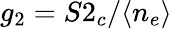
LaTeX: g_{2}=S2_{c}/\langle n_{e}\rangle